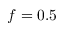
f = 0 . 5